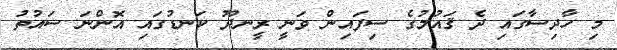
މި ހާދިސާގައި ދެ ޤައުމުގެ ސިފައިން ވަނީ ރީނދޫ ކަނޑުގައި އޮންނަ ސައުތު